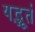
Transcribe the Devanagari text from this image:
यद्भूतं